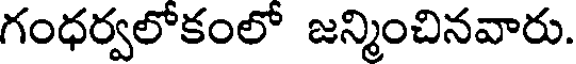
గంధర్వలోకంలో జన్మించినవారు.